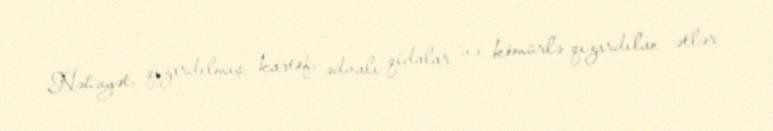
Nəhayət, qızardılmış kartof, ədvalı qidalar və kömürlə qızardılan ətlər